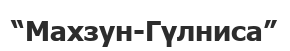
“Махзун-Гүлниса”